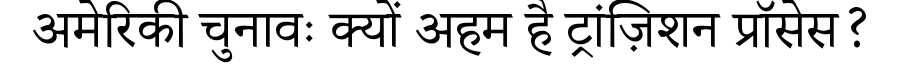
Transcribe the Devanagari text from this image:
अमेरिकी चुनावः क्यों अहम है ट्रांज़िशन प्रॉसेस?